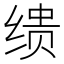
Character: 缋